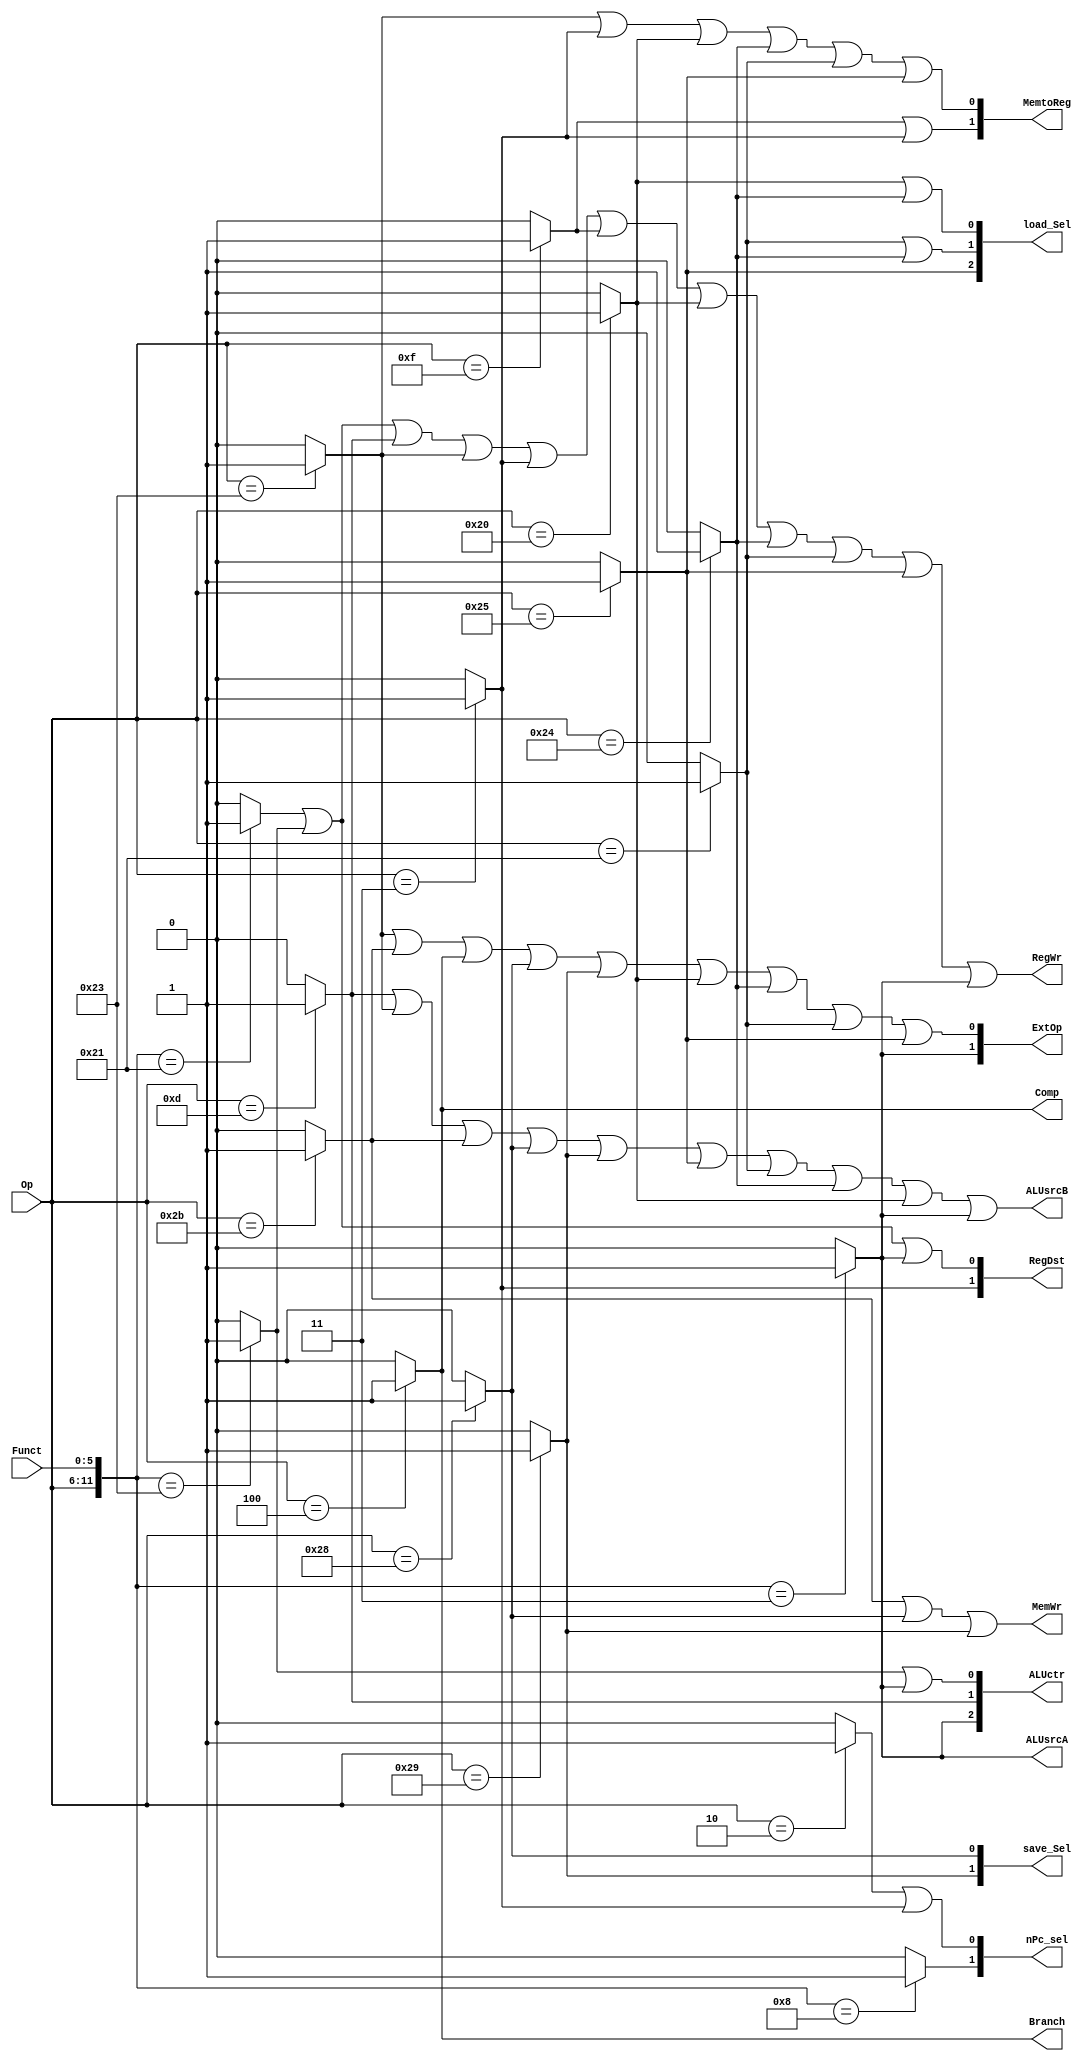
`timescale 1ns / 1ps

module ControlUnit( 
	Op, Funct,//input 
	ExtOp, ALUsrcA, ALUsrcB, ALUctr, MemWr, MemtoReg, RegDst, RegWr, nPc_sel, Branch, Comp, save_Sel, load_Sel); //output
	parameter 
	ADDU =12'b000000_100001,
	SUBU =12'b000000_100011,
	JR   =12'b000000_001000,
	SRA  =12'b000000_000011, 
	SW   =6'b101011,
	LW 	 =6'b100011,
	ORI  =6'b001101,
	BEQ  =6'b000100,
	LUI  =6'b001111,
	J 	 =6'b000010,
	JAL  =6'b000011,
	LB    = 6'b100000,
	LBU   = 6'b100100,
	LH    = 6'b100001,
	LHU   = 6'b100101,
	SB    = 6'b101000,
	SH    = 6'b101001;
	
	input [5:0] Op, Funct;
	
	wire addu;
	assign addu = ({Op, Funct} == ADDU) ? 1 : 0;
	wire subu;
	assign subu = ({Op, Funct} == SUBU) ? 1 : 0;
	wire jr;
	assign jr = ({Op, Funct} == JR) ? 1 : 0;
	wire sw;
	assign sw = (Op == SW) ? 1 : 0;
	wire lw;
	assign lw = (Op == LW) ? 1 : 0;
	wire ori;
	assign ori = (Op == ORI) ? 1 : 0;
	wire beq;
	assign beq = (Op == BEQ) ? 1 : 0;
	wire lui;
	assign lui = (Op == LUI) ? 1 : 0;
	wire j;
	assign j = (Op == J) ? 1 : 0;
	wire jal;
	assign jal = (Op == JAL) ? 1 : 0;
	
	wire lb;
	assign lb = (Op == LB) ? 1 : 0;
	wire lbu;
	assign lbu = (Op == LBU) ? 1 : 0;
	wire lh;
	assign lh = (Op == LH) ? 1 : 0;
	wire lhu;
	assign lhu = (Op == LHU) ? 1 : 0;
	wire sb;
	assign sb = (Op == SB) ? 1 : 0;
	wire sh;
	assign sh = (Op == SH) ? 1 : 0;
	wire sra;
	assign sra = ({Op, Funct} == SRA) ? 1 : 0;
	
	
	output [1:0] ExtOp; 
	assign ExtOp = {sra, lw|sw|beq|sb|sh|lb|lbu|lh|lhu}; //00:'Zero' 01:'Sign' 10:'for shift'
	
	output ALUsrcA;
	assign ALUsrcA = sra;//0:'RD1'  1: 'RD2'
	
	output ALUsrcB; 
	assign ALUsrcB = ori|lw|sw|sb|sh|lhu|lh|lbu|lb|sra; //0:'RD2' 1:'EXT'
	
	output MemWr; 
	assign MemWr = sw|sb|sh;
	
	output [1:0] MemtoReg; 
	assign MemtoReg = {lui|jal, lw|jal|lb|lbu|lh|lhu}; //00:'ALU' 01:'Mem' 10:'EXT'(for lui) 11:'PC+4'
	
	output RegWr; 
	assign RegWr = addu|subu|ori|lw|jal|lui|lb|lbu|lh|lhu|sra;
	
	output [1:0] RegDst; 
	assign RegDst = {jal, addu|subu|sra}; //00:'rt' 01:'rd' 10:'$ra'
	
	output [1:0] nPc_sel; 
	assign nPc_sel =  {jr, j|jal}; //10:'jr' 01:'j, jal'
								   //+Branch&Zero: 000:'+4' 100:'br_pc' 010:'jr' 001:'j/jal'	
	
	output Branch;
	assign Branch = beq;
	
	output [2:0] ALUctr; 
	assign ALUctr = {sra, ori, subu|sra}; //000:'+' 001:'-' 010:'|' 011:'&' 100:"slt" 101:'sra'
	
	output Comp;
	assign Comp = beq;
	
	output [1:0] save_Sel;
	assign save_Sel = {sh, sb}; // 00:'sw' 01:'sb' 10:'sh'

	output [2:0] load_Sel;
	assign load_Sel = {lhu, lh|lbu, lb|lbu}; // 000:'lw' 001:'lb' 010:'lh' 011:'lbu' 100:'lhu'

endmodule